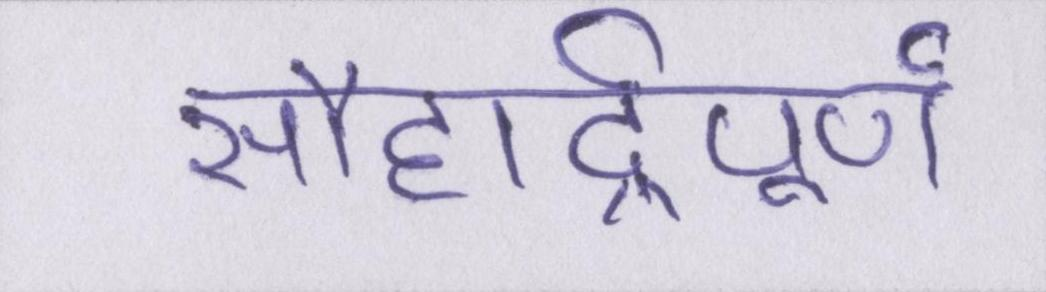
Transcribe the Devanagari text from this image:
सौहार्द्रपूर्ण